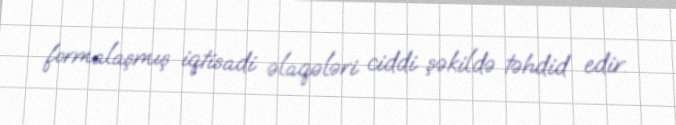
formalaşmış iqtisadi əlaqələri ciddi şəkildə təhdid edir.